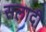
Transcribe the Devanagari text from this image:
सलादी